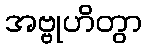
အဗ္ဗုဟိတွာ